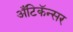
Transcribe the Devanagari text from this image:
अँटिकॅन्सर